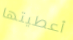
أعطيتها